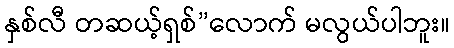
နှစ်လီ တဆယ့်ရှစ်”လောက် မလွယ်ပါဘူး။